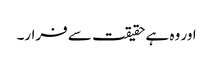
اور وہ ہے حقیقت سے فرار۔